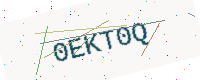
Text: 0EKT0Q